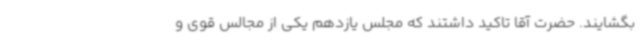
بگشایند. حضرت آقا تاکید داشتند که مجلس یازدهم یکی از مجالس قوی و